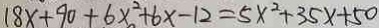
1 8 x + 9 0 + 6 x ^ { 2 } + 6 x - 1 2 = 5 x ^ { 2 } + 3 5 x + 5 0